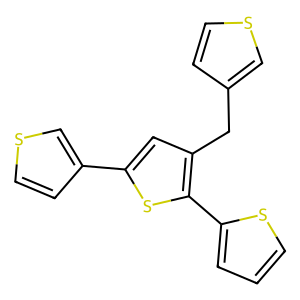
SMILES: c1csc(-c2sc(-c3ccsc3)cc2Cc2ccsc2)c1
Inhibits HIV replication: No